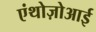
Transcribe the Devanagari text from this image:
एंथोज़ोआई